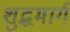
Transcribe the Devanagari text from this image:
शुद्धमार्ग